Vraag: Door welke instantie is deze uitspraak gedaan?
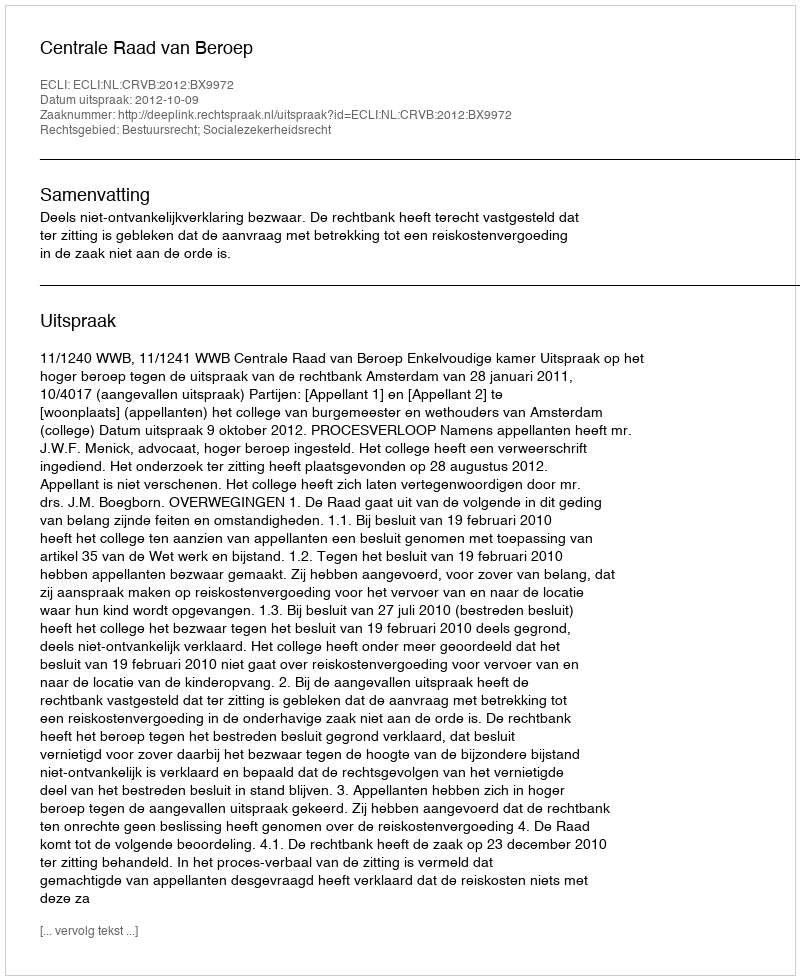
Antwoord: Centrale Raad van Beroep